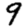
Digit: 9